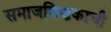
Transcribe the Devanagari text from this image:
समाजशिक्षकाची